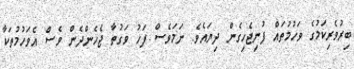
ބިރުވެރިކަމުގެ ވަހުމުތައް ފުނިޖެހިގެން ދިޔައެވެ. ނަމަވެސް ފަހު ވަގުތާ ޖެހެންދެން ވެސް އެވަހުމުތަކާ